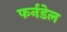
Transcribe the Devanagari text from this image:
फर्नडेल